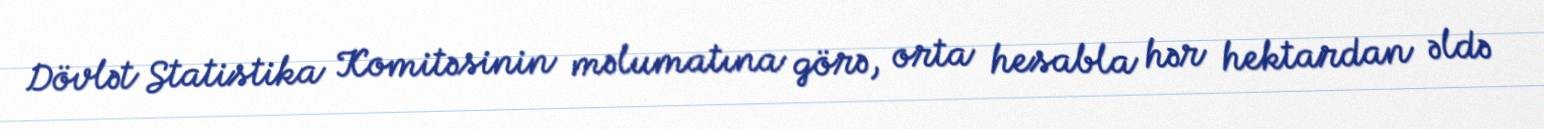
Dövlət Statistika Komitəsinin məlumatına görə, orta hesabla hər hektardan əldə